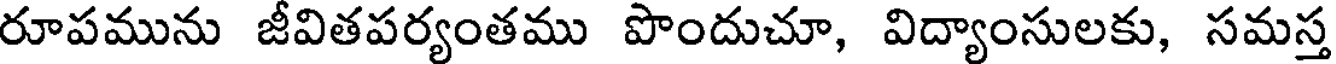
రూపమును జీవితపర్యంతము పొందుచూ, విద్యాంసులకు, సమస్త